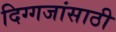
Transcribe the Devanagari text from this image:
दिग्गजांसाठी